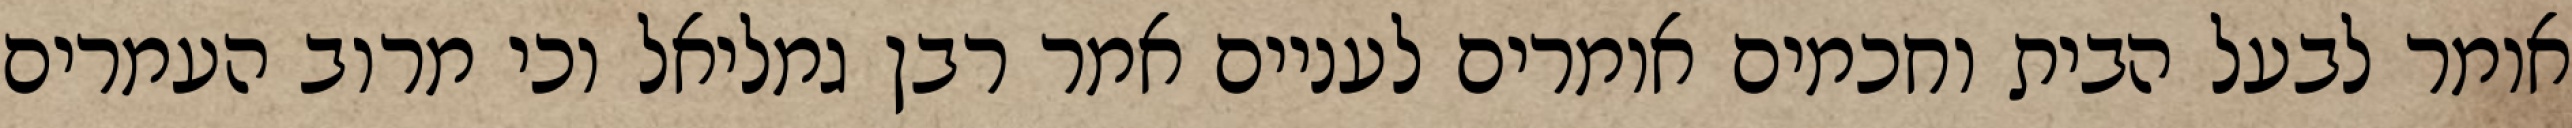
אומר לבעל הבית וחכמים אומרים לעניים אמר רבן גמליאל וכי מרוב העמרים